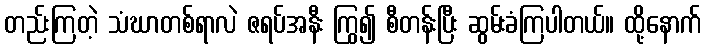
တည်းကြတဲ့ သံဃာတစ်ရာလဲ ဇရပ်အနီး ကြွ၍ စီတန်းပြီး ဆွမ်းခံကြပါတယ်။ ထို့နောက်